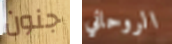
جنون الروحاني